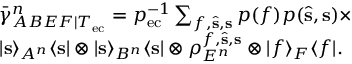
\begin{array} { r l } & { \bar { \gamma } _ { A B E F | T _ { \mathrm { e c } } } ^ { n } = p _ { \mathrm { e c } } ^ { - 1 } \sum _ { f , \hat { \mathbf { s } } , \mathbf { s } } p ( f ) p ( \hat { \mathbf { s } } , \mathbf { s } ) \times } \\ & { \vert \mathbf { s } \rangle _ { A ^ { n } } \langle \mathbf { s } \vert \otimes \vert \mathbf { s } \rangle _ { B ^ { n } } \langle \mathbf { s } \vert \otimes \rho _ { E ^ { n } } ^ { f , \hat { \mathbf { s } } , \mathbf { s } } \otimes \vert f \rangle _ { F } \langle f \vert . } \end{array}